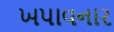
ખપાવનાર